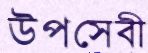
উপসেবী